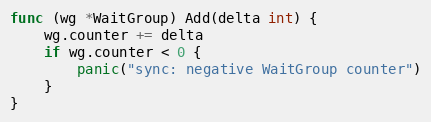
Language: Go
func (wg *WaitGroup) Add(delta int) {
	wg.counter += delta
	if wg.counter < 0 {
		panic("sync: negative WaitGroup counter")
	}
}